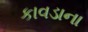
કાવડાના